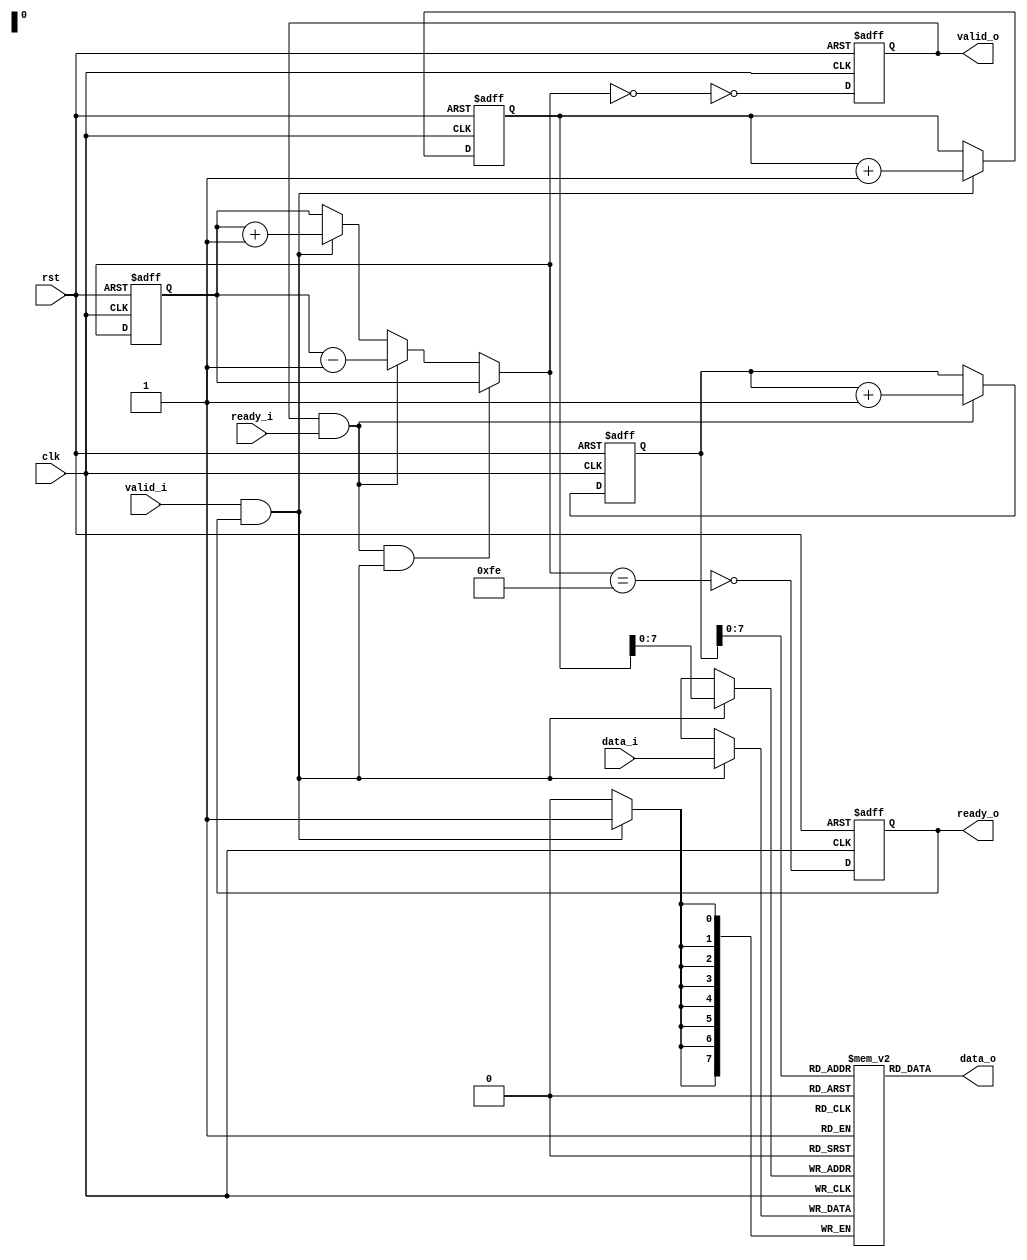
module fifo_sync #(
	parameter size_p = 8,
	parameter depth_p = 255,
	parameter aw_p = $clog2(depth_p)+1
) (
	input clk,
	input rst,

	input [size_p-1:0] data_i,
	input valid_i,
	output reg ready_o,

	output reg [size_p-1:0] data_o,
	output reg valid_o,
	input ready_i
);


//Memory Array
reg [size_p-1:0] mem[depth_p];

//Pointers
reg [aw_p-1:0] wr_ptr, rd_ptr, count, next_count;

//Interface conditions.
assign valid_write = valid_i & ready_o;
assign valid_read = valid_o & ready_i;

//Write logic
always @(posedge clk or posedge rst)
	if(rst)
		wr_ptr <= 0;
	else if(valid_write)
		wr_ptr <= wr_ptr + 1'b1;

always @(posedge clk)
	if(valid_write)
		mem[wr_ptr] <= data_i;

//Read Logic
always @(posedge clk or posedge rst)
	if(rst)
		rd_ptr <= 0;
	else if(valid_read)
		rd_ptr <= rd_ptr + 1'b1;

always @(*)
	data_o = mem[rd_ptr];


//Flag Logic

always @(*) begin
	if(valid_read & valid_write)
		next_count = count;
	else if(valid_read)
		next_count = count - 1'b1;
	else if(valid_write)
		next_count = count + 1'b1;
	else
		next_count = count;
end

always @(posedge clk or posedge rst) 
	if(rst)
		count <= 0;
	else
		count <= next_count;
		

always @(posedge clk or posedge rst)
	if(rst)
		{ready_o, valid_o} <= '0;
	else begin
		ready_o <= !(next_count == depth_p-1);
		valid_o <= !(next_count == 1'b0);
	end


endmodule